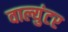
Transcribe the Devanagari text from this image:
वाल्युंटर